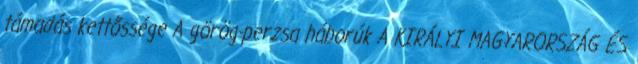
támadás kettőssége A görög-perzsa háborúk A KIRÁLYI MAGYARORSZÁG ÉS